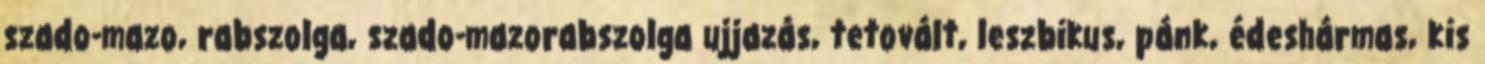
szado-mazo, rabszolga, szado-mazorabszolga ujjazás, tetovált, leszbikus, pánk, édeshármas, kis